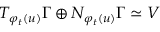
T _ { \varphi _ { t } ( u ) } \Gamma \oplus N _ { \varphi _ { t } ( u ) } \Gamma \simeq V